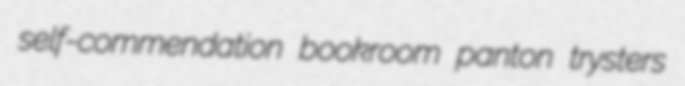
self-commendation bookroom panton trysters